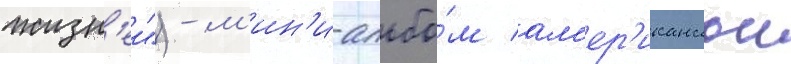
жизн'еи") - м'ин'и-альбо́м ам'ер'иканскои